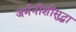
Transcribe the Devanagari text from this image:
जर्मनीशीसुद्धा